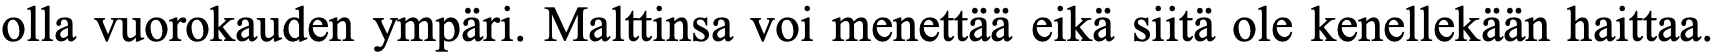
olla vuorokauden ympäri. Malttinsa voi menettää eikä siitä ole kenellekään haittaa.